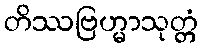
တိဿဗြဟ္မာသုတ္တံ